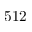
5 1 2